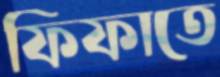
ফিফাতে